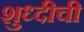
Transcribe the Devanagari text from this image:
शुध्दीची